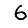
Digit: 6